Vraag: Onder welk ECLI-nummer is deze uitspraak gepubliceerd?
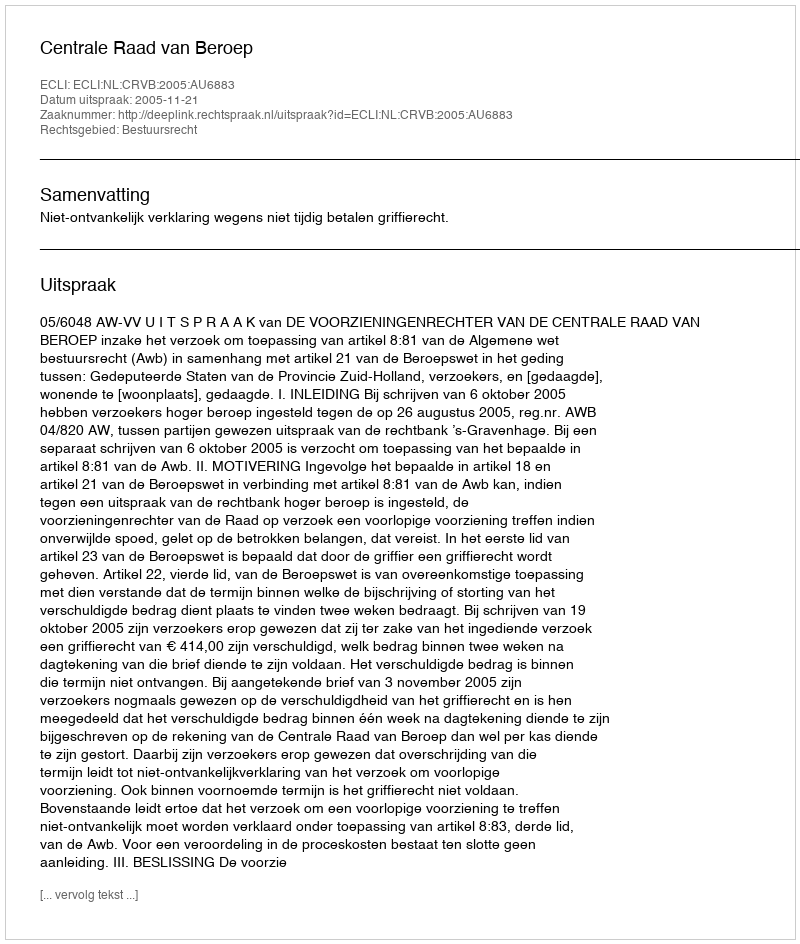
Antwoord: ECLI:NL:CRVB:2005:AU6883